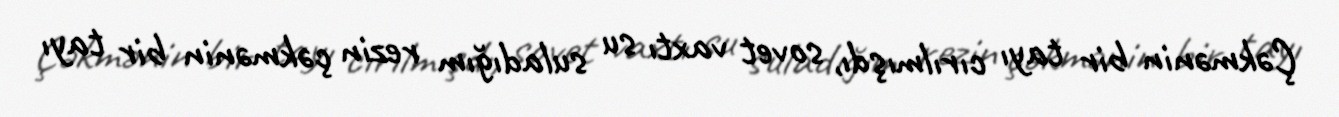
Çəkmənin bir tayı cırılmışdı, sovet vaxtı su suladığım rezin çəkmənin bir tayı